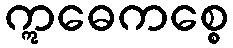
ဣဓေကစ္စေ